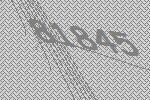
81845